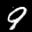
Label: 9